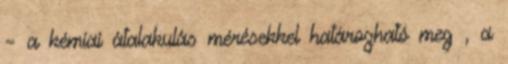
– a kémiai átalakulás mérésekkel határozható meg , a